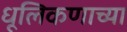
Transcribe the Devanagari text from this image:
धूलिकणाच्या